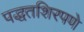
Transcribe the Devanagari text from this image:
पद्धतशिरपणे